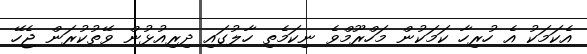
އެކަމަކު އެ ހުރިހާ ކަމަކުން މަހްރޫމްވެ ނިކަމެތި ހާލުގައި ދިރިއުޅުން ވޭތުކުރަން ޖެހޭ